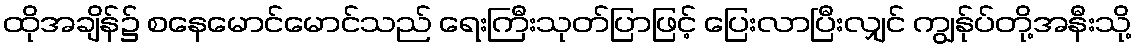
ထိုအချိန်၌ စနေမောင်မောင်သည် ရေးကြီးသုတ်ပြာဖြင့် ပြေးလာပြီးလျှင် ကျွန်ုပ်တို့အနီးသို့